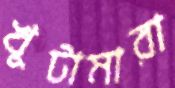
খুটামারা